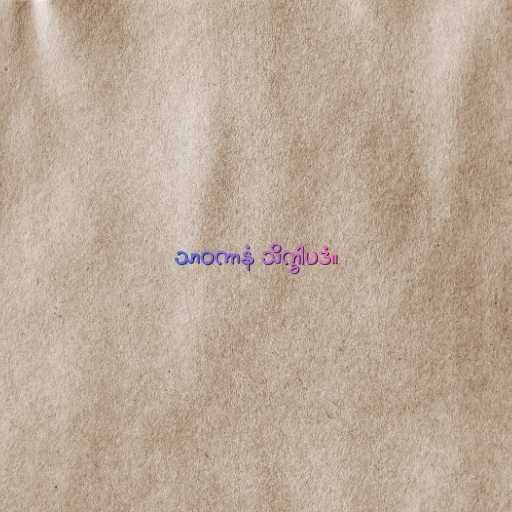
သာဝကာနံ သိက္ခါပဒံ။